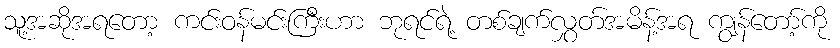
သူ့အဆိုအရတော့ ကင်းဝန်မင်းကြီးဟာ ဘုရင်ရဲ့ တစ်ချက်လွှတ်အမိန့်အရ ကျွန်တော့်ကို